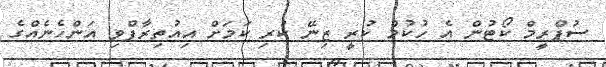
ސުޕްރީމް ކޯޓުން އެ ހުކުމް ކުރީ ޒިނޭ ކުރި ކަމަށް އިއުތިރާފްވި އަންހެނެއްގެ